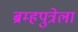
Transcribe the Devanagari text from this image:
ब्रम्हपुत्रेला